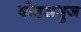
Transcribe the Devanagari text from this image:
षोडशभुज